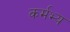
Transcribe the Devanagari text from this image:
कर्मभ्य